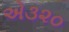
એ૩૨૦